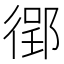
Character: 𫹟